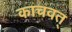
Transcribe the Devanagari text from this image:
काचवत्